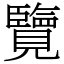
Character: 覽